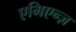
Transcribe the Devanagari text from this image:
एमिएन्ज़